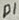
Text: D1